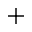
^ \textmd { + }